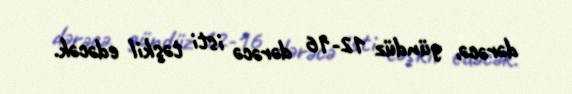
dərəcə, gündüz 12-16 dərəcə isti təşkil edəcək.